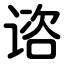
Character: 谘